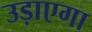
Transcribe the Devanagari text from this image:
उड़ाएगा